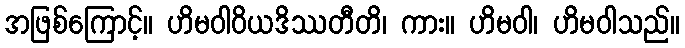
အဖြစ်ကြောင့်။ ဟိမဝါဝိယဒိဿတီတိ၊ ကား။ ဟိမဝါ၊ ဟိမဝါသည်။